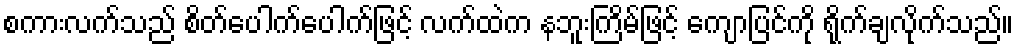
စကားလက်သည် စိတ်ပေါက်ပေါက်ဖြင့် လက်ထဲက နဘူးကြိမ်ဖြင့် ကျောပြင်ကို ရိုက်ချလိုက်သည်။